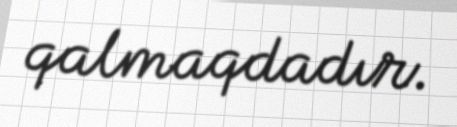
qalmaqdadır.